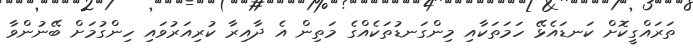
ތަރައްގީކޮށް ކަނޑައެޅޭ ހަމަތަކާއި މިންގަނޑުތަކެއްގެ މަތިން އެ ދާއިރާ ކުރިއަރުވައި ހިންގުމަށް ބޭނުންވާ